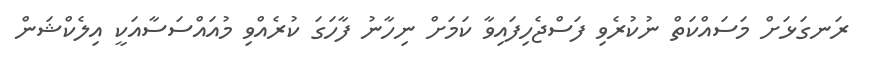
ރަނގަޅަށް މަސައްކަތް ނުކުރެވި ފަސްޖެހިފައިވާ ކަމަށް ނިހާނު ފާހަގަ ކުރެއްވި މުއައްސަސާއަކީ އިލެކްޝަން